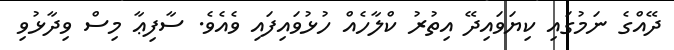
ދޭއްގެ ނަމުގައި ކިޔަވައިދޭ އިތުރު ކްލާހެއް ހުޅުވައިފައި ވެއެވެ. ސާފިޢާ މިސް ވިދާޅުވި